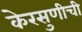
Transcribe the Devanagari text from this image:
केरसुणीची